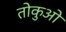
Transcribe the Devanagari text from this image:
तोकुओ